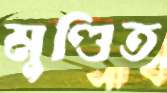
মুণ্ডিত